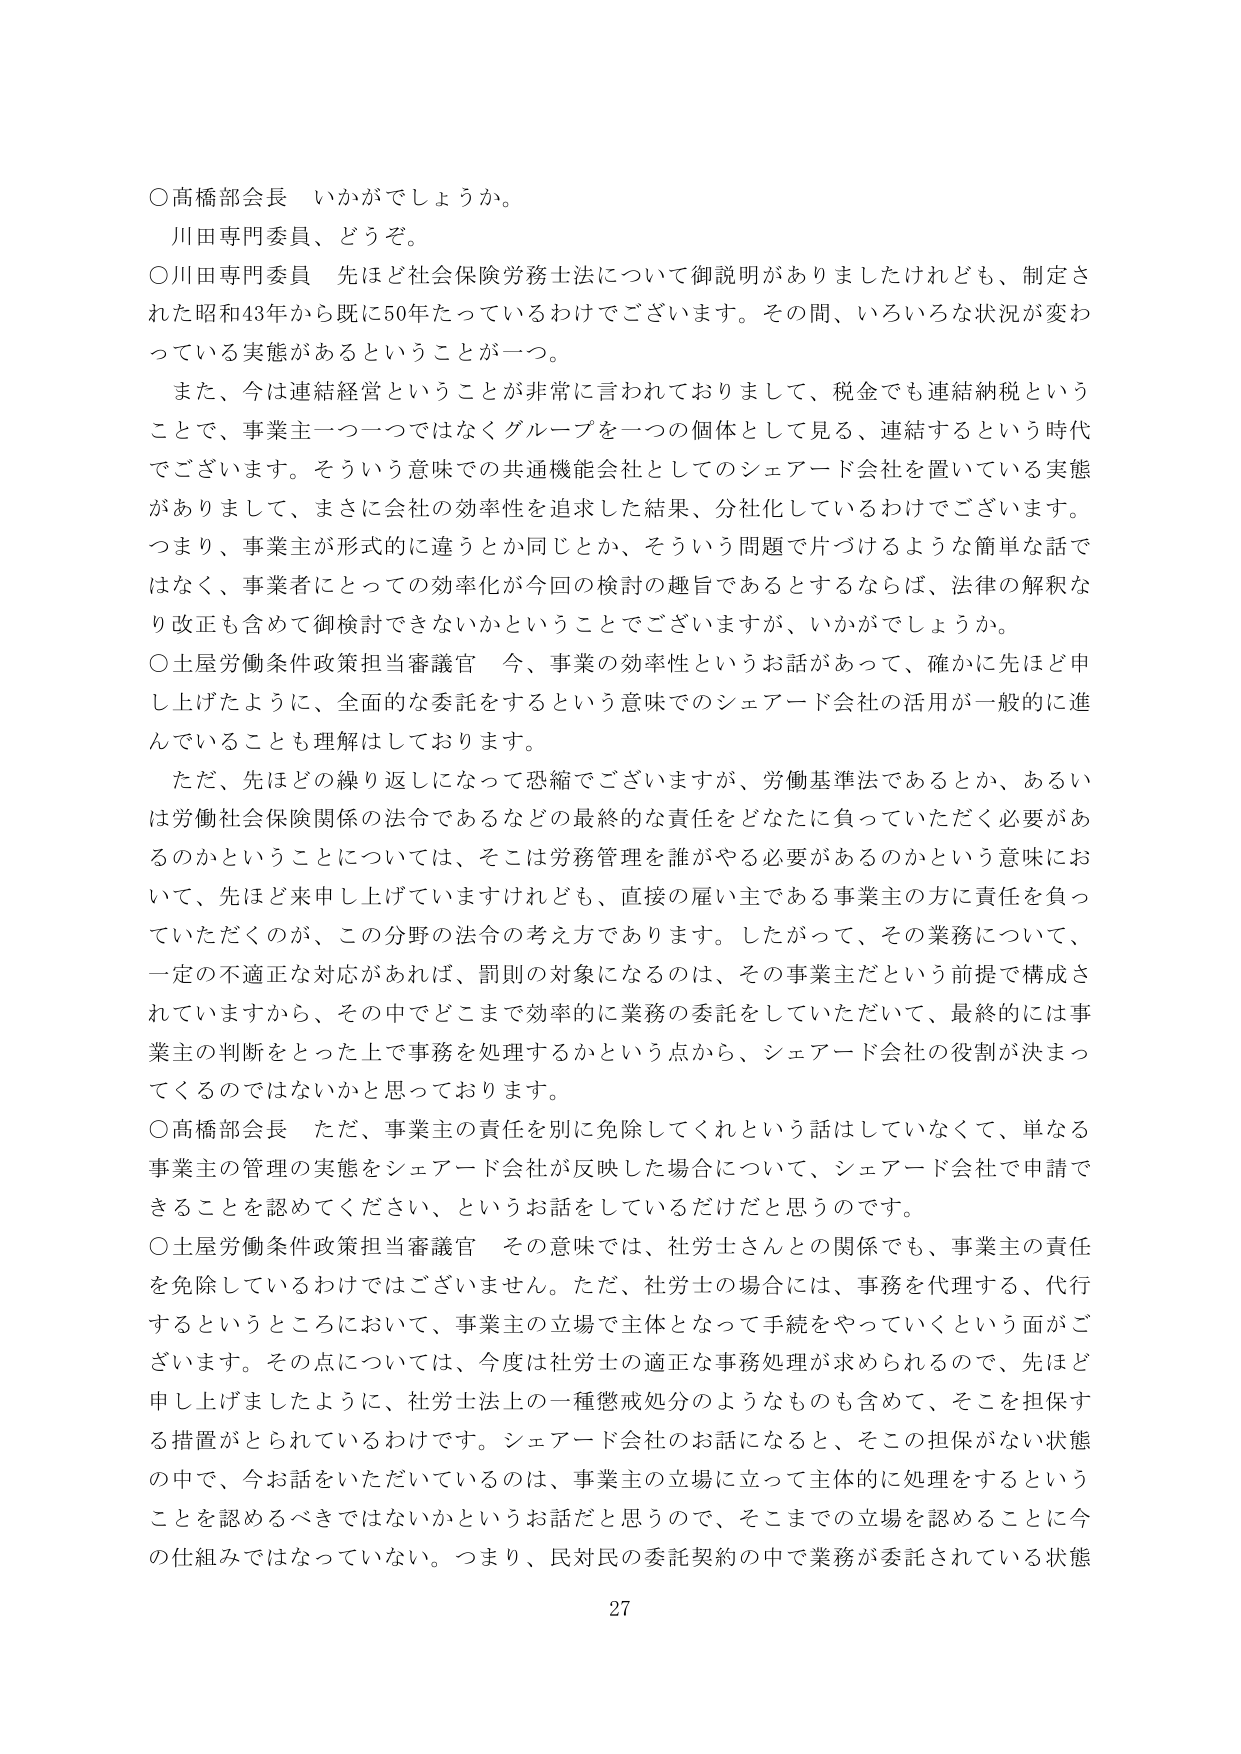
○高橋部会長　いかがでしょうか。
川田専門委員、どうぞ。

○川田専門委員　先ほど社会保険労務士法について御説明がありましたけれども、制定された昭和43年から既に50年たっているわけでございます。その間、いろいろな状況が変わっている実態があるということが一つ。

　また、今は連結経営ということが非常に言われておりまして、税金でも連結納税ということで、事業主一つ一つではなくグループを一つの個体として見る、連結するという時代でございます。そういう意味での共通機能会社としてのシェアード会社を置いている実態がおりまして、まさに会社の効率性を追求した結果、分社化しているわけでございます。

　つまり、事業主が形式的に違うとか同じとか、そういう問題で片づけるような簡単な話ではなく、事業者にとっての効率化が今回の検討の趣旨であるとするならば、法律の解釈なり改正も含めて御検討できないかということでございますが、いかがでしょうか。

○土屋労働条件政策担当審議官　今、事業の効率性というお話があって、確かに先ほど申し上げたように、全面的な委託をするという意味でのシェアード会社の活用が一般的に進んでいることも理解はしております。

　ただ、先ほどの繰り返しになって恐縮でございますが、労働基準法であるとか、あるいは労働社会保険関係の法令であるなどの最終的な責任をどなたに負っていただく必要があるのかということについては、そこは労務管理を誰がやる必要があるのかという意味において、先ほど来申し上げていますけれども、直接の雇い主である事業主の方に責任を負っていただくのが、この分野の法令の考え方であります。したがって、その業務について、一定の不適正な対応があれば、罰則の対象になるのは、その事業主だという前提で構成されていますから、その中でどこまで効率的に業務の委託をしていただいて、最終的には事業主の判断をとった上で事務を処理するかという点から、シェアード会社の役割が決まってくるのではないかと思っております。

○高橋部会長　ただ、事業主の責任を別に免除してくれという話はしていなくて、単なる事業主の管理の実態をシェアード会社が反映した場合について、シェアード会社で申請できることを認めてください、という話をしているだけだと思うのです。

○土屋労働条件政策担当審議官　その意味では、社労士さんとの関係でも、事業主の責任を免除しているわけではございません。ただ、社労士の場合には、事務を代理する、代行するというところにおいて、事業主の立場で主体となって手続をやっていくという面がございます。その点については、今度は社労士の適正な事務処理が求められるので、先ほど申し上げましたように、社労士法上的一种懲戒処分のようなものも含めて、そこを担保する措置がとられているわけです。シェアード会社のお話になると、そこの担保がない状態の中で、今お話をしていただいているのは、事業主の立場に立って主体的に処理をするということを認めるべきではないかというお話だと思うので、そこまでの立場を認めることに今の仕組みではなっていない。つまり、民対民の委託契約の中で業務が委託されている状態

27